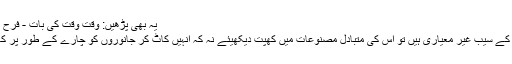
یہ بھی پڑھیں: وقت وقت کی بات - فرح رضوان
اگر آپ کے سیب غیر معیاری ہیں تو اس کی متبادل مصنوعات میں کھپت دیکھیئے نہ کہ انہیں کاٹ کر جانوروں کو چارے کے طور پر کھلائیے۔